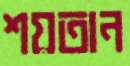
শয়তান